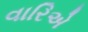
વારિએ